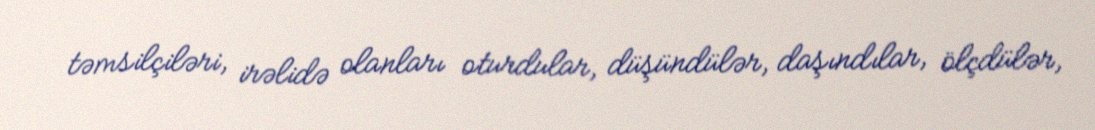
təmsilçiləri, irəlidə olanları oturdular, düşündülər, daşındılar, ölçdülər,